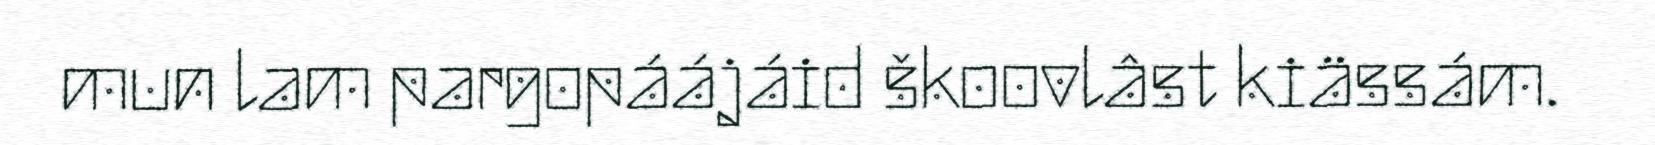
mun lam pargopáájáid škoovlâst kiässám.